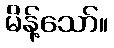
မိန့်သော်။